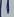
Text: 1